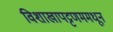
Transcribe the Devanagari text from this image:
विशाखापट्टणममधून